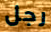
رجل